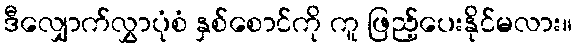
ဒီလျှောက်လွှာပုံစံ နှစ်စောင်ကို ကူ ဖြည့်ပေးနိုင်မလား။